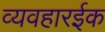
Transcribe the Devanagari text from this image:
व्यवहारईक